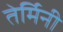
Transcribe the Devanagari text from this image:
तेर्मिनी